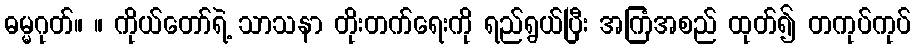
ဓမ္မဂုတ်။ ။ ကိုယ်တော်ရဲ့ သာသနာ တိုးတက်ရေးကို ရည်ရွယ်ပြီး အကြံအစည် ထုတ်၍ တကုပ်ကုပ်